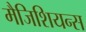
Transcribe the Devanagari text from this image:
मैजिशियन्स